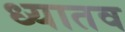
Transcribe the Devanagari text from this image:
ध्यातव